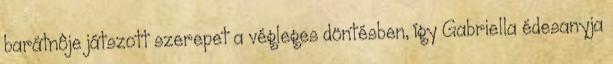
barátnôje játszott szerepet a végleges döntésben, így Gabriella édesanyja